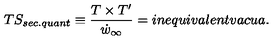
T S _ { s e c . q u a n t } \equiv \frac { T \times T ^ { \prime } } { \dot { w } _ { \infty } } = i n e q u i v a l e n t v a c u a .